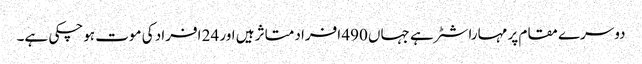
دوسرے مقام پر مہاراشٹر ہے جہاں 490 افراد متاثر ہیں اور 24 افراد کی موت ہوچکی ہے۔